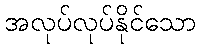
အလုပ်လုပ်နိုင်သော